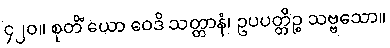
၄၂၀။ စုတိံ ယော ဝေဒိ သတ္တာနံ၊ ဥပပတ္တိဉ္စ သဗ္ဗသော။